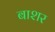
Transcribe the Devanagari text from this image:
बाशर